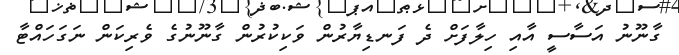
ގާނޫނު އަސާސީ އާއި ހިލާފަށް ދެ ފަނޑިޔާރުން ވަކިކުރުން ގާނޫނުގެ ވެރިކަން ނަގަހައްޓާ